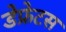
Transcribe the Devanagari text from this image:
डेफ्रेटस